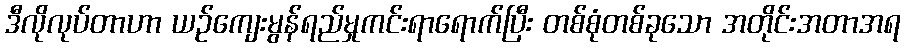
ဒီလိုလုပ်တာဟာ ယဉ်ကျေးမွန်ရည်မှုကင်းရာရောက်ပြီး တစ်စုံတစ်ခုသော အတိုင်းအတာအရ